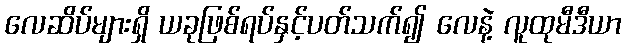
လေဆိပ်များရှိ ယခုဖြစ်ရပ်နှင့်ပတ်သက်၍ လေနဲ့ လူထုမီဒီယာ